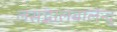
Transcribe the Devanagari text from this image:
लसद्भालबालेन्दु